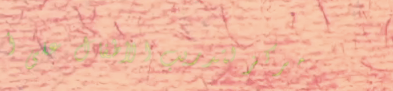
مركز لتدريب الأطفال على أ